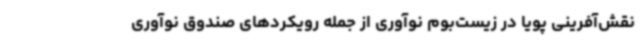
نقش‌آفرینی پویا در زیست‌بوم نوآوری از جمله رویکردهای صندوق نوآوری